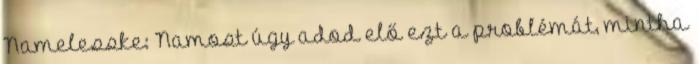
Namelesske: Namost úgy adod elő ezt a problémát, mintha